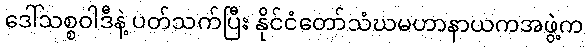
ဒေါ်သစ္စဝါဒီနဲ့ ပတ်သက်ပြီး နိုင်ငံတော်သံဃမဟာနာယကအဖွဲ့က